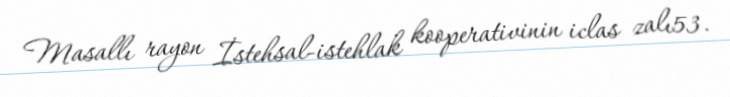
Masallı rayon İstehsal-istehlak kooperativinin iclas zalı53.